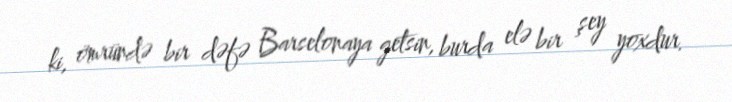
ki, ömründə bir dəfə Barselonaya getsin, burda elə bir şey yoxdur.